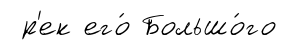
р'ек его́ Большо́го